Tezpur Lunatic Asylum reports 1895-1904 - 1895-1904
Year: 1895
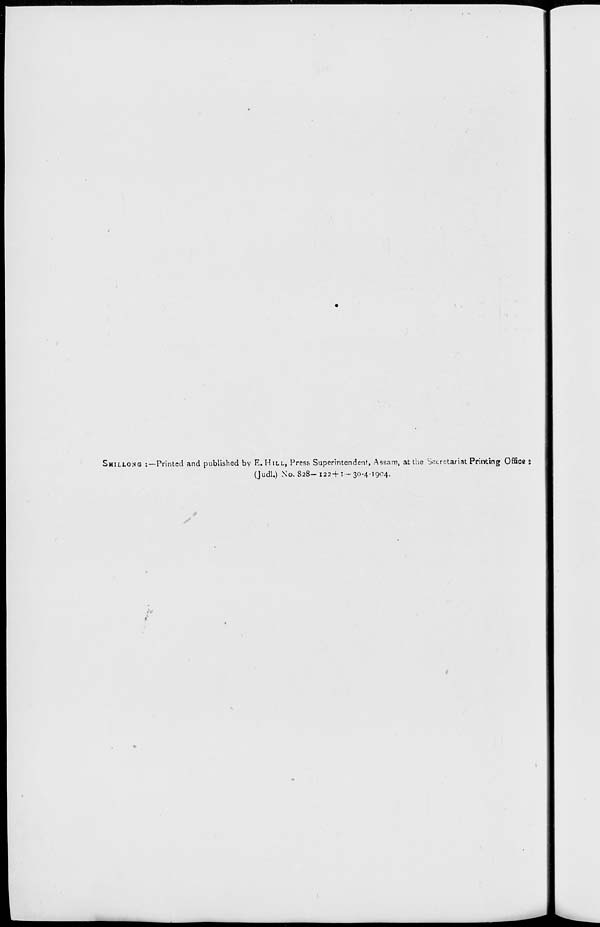
SHILLO.NG : —Printed and published by E. HILL, Press Superintendent, Assam, at the 'Secretariat Printing Offics :
(Judl.) No. 828- 122-f 1-30-4-1904.
X
P